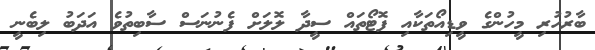
ބާރުހުރި މީހުންގެ ވީޑިއޯތަކާއި ފޮޓޯތައް ސީދާ ލޮލަށް ފެނުނަސް ސާބިތުވެ އަދަބު ލިބެނީ